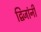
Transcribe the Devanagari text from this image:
द्विजांनी